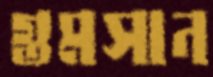
গুমসান